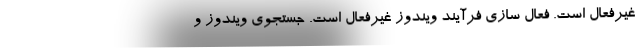
غیرفعال است. فعال سازی فرآیند ویندوز غیرفعال است. جستجوی ویندوز و